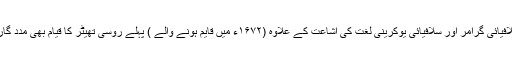
کلیسائی سلافیائی گرامر اور سلافیائی یوکرینی لغت کی اشاعت کے علاوہ (۱۶۷۲ء میں قایم ہونے والے ) پہلے روسی تھیٹر کا قیام بھی مدد گار ثابت ہوا۔